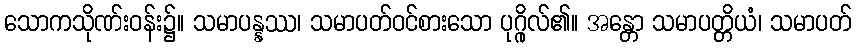
သောကသိုဏ်းဝန်း၌။ သမာပန္နဿ၊ သမာပတ်ဝင်စားသော ပုဂ္ဂိုလ်၏။ အန္တော သမာပတ္တိယံ၊ သမာပတ်